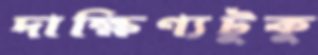
দাক্ষিণ্যটুকু